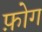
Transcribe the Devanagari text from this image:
फ़ोग